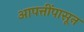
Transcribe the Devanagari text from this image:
आपत्तींपासून